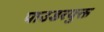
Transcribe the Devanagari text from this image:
पाउडरयुक्त